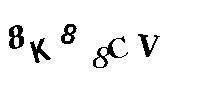
8K88CV